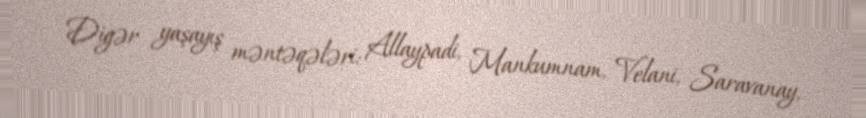
Digər yaşayış məntəqələri: Allaypadi, Mankumnam, Velani, Saravanay,